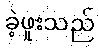
ခဲ့ဖူးသည်